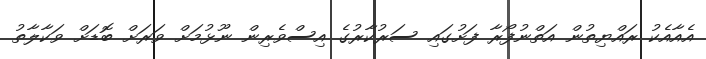
އެއާއެކު ރައްޔިތުން އަތްނުފޯރާ ފަށުގައި ސަރުކާރުގެ އިސްވެރިން ނޫޅުމަށް ވަރަށް ބޮޑަށް ވަކާލާތު